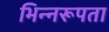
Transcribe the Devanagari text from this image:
भिन्नरूपता